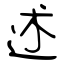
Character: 述